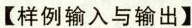
【样例输入与输出】